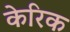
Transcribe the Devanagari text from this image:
केरिक